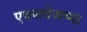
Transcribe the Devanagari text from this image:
एक्सचेंजच्या